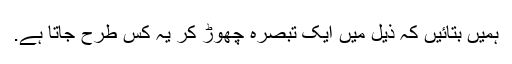
ہمیں بتائیں کہ ذیل میں ایک تبصرہ چھوڑ کر یہ کس طرح جاتا ہے.